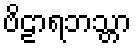
ဗိဠာရဘသ္တာ